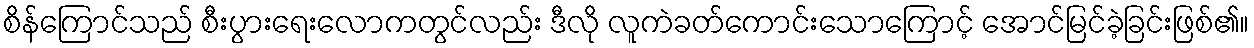
စိန်ကြောင်သည် စီးပွားရေးလောကတွင်လည်း ဒီလို လူကဲခတ်ကောင်းသောကြောင့် အောင်မြင်ခဲ့ခြင်းဖြစ်၏။